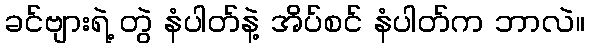
ခင်ဗျားရဲ့ တွဲ နံပါတ်နဲ့ အိပ်စင် နံပါတ်က ဘာလဲ။